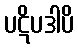
ပဋိပဒါပိ